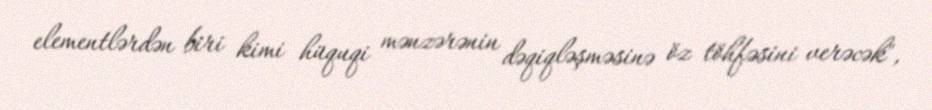
elementlərdən biri kimi hüquqi mənzərənin dəqiqləşməsinə öz töhfəsini verəcək",